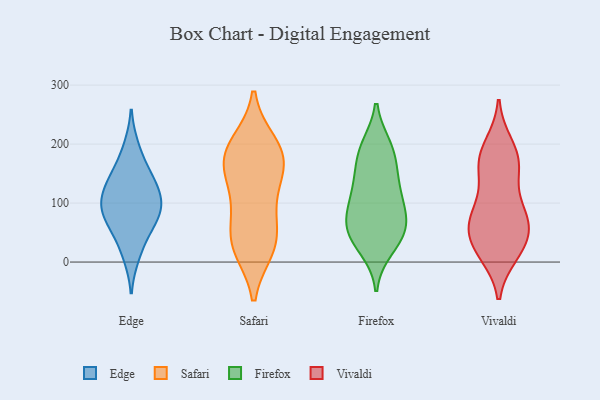
{"axis": {"x": "Production Output", "y": "Value"}, "legend": ["Edge", "Firefox", "Safari", "Vivaldi"], "data": [{"x": "", "y": 43, "type": "Edge"}, {"x": "", "y": 154, "type": "Edge"}, {"x": "", "y": 72, "type": "Edge"}, {"x": "", "y": 117, "type": "Edge"}, {"x": "", "y": 97, "type": "Edge"}, {"x": "", "y": 10, "type": "Edge"}, {"x": "", "y": 195, "type": "Edge"}, {"x": "", "y": 145, "type": "Edge"}, {"x": "", "y": 69, "type": "Edge"}, {"x": "", "y": 128, "type": "Edge"}, {"x": "", "y": 99, "type": "Edge"}, {"x": "", "y": 89, "type": "Edge"}, {"x": "", "y": 174, "type": "Safari"}, {"x": "", "y": 200, "type": "Safari"}, {"x": "", "y": 169, "type": "Safari"}, {"x": "", "y": 99, "type": "Safari"}, {"x": "", "y": 29, "type": "Safari"}, {"x": "", "y": 155, "type": "Safari"}, {"x": "", "y": 24, "type": "Safari"}, {"x": "", "y": 104, "type": "Safari"}, {"x": "", "y": 46, "type": "Safari"}, {"x": "", "y": 170, "type": "Safari"}, {"x": "", "y": 32, "type": "Safari"}, {"x": "", "y": 196, "type": "Safari"}, {"x": "", "y": 44, "type": "Firefox"}, {"x": "", "y": 138, "type": "Firefox"}, {"x": "", "y": 84, "type": "Firefox"}, {"x": "", "y": 191, "type": "Firefox"}, {"x": "", "y": 148, "type": "Firefox"}, {"x": "", "y": 44, "type": "Firefox"}, {"x": "", "y": 195, "type": "Firefox"}, {"x": "", "y": 78, "type": "Firefox"}, {"x": "", "y": 112, "type": "Firefox"}, {"x": "", "y": 108, "type": "Firefox"}, {"x": "", "y": 24, "type": "Firefox"}, {"x": "", "y": 183, "type": "Firefox"}, {"x": "", "y": 62, "type": "Firefox"}, {"x": "", "y": 51, "type": "Firefox"}, {"x": "", "y": 81, "type": "Vivaldi"}, {"x": "", "y": 80, "type": "Vivaldi"}, {"x": "", "y": 171, "type": "Vivaldi"}, {"x": "", "y": 55, "type": "Vivaldi"}, {"x": "", "y": 19, "type": "Vivaldi"}, {"x": "", "y": 164, "type": "Vivaldi"}, {"x": "", "y": 96, "type": "Vivaldi"}, {"x": "", "y": 189, "type": "Vivaldi"}, {"x": "", "y": 40, "type": "Vivaldi"}, {"x": "", "y": 42, "type": "Vivaldi"}, {"x": "", "y": 198, "type": "Vivaldi"}, {"x": "", "y": 16, "type": "Vivaldi"}, {"x": "", "y": 14, "type": "Vivaldi"}, {"x": "", "y": 164, "type": "Vivaldi"}, {"x": "", "y": 64, "type": "Vivaldi"}, {"x": "", "y": 77, "type": "Vivaldi"}, {"x": "", "y": 146, "type": "Vivaldi"}]}